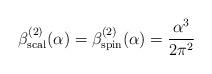
LaTeX: \begin{align*}\beta^{(2)}_{\rm scal}(\alpha )= \beta^{(2)}_{\rm spin}(\alpha ) = {{\alpha}^3\over{2{\pi}^2}}\quad \end{align*}